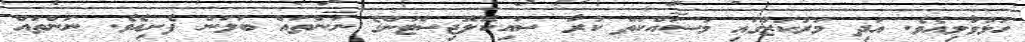
ހުޅުވާލިއެވެ. އަދި މަރުކަޒުގައި މަސައްކަތް ކުރާ ސައިކޮލޮޖިސްޓުންގެ ނަންތައް ބަލަން ފެށިއެވެ. ނަންތައް